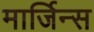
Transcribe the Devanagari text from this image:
मार्जिन्स